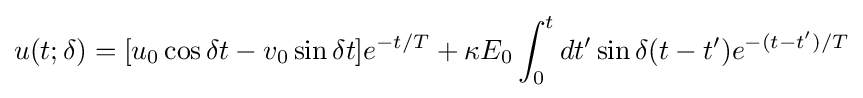
u(t;\delta )=[u_{0}\cos \delta t-v_{0}\sin \delta t]e^{-t/T}+\kappa E_{0}\int _{0}^{t}dt'\sin \delta (t-t')e^{-(t-t')/T}